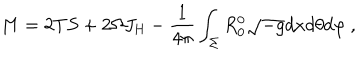
M = 2 T S + 2 \Omega J _ { \mathrm { H } } - \frac { 1 } { 4 \pi } \int _ { \Sigma } R _ { 0 } ^ { 0 } \sqrt { - g } d x d \theta d \varphi \ ,